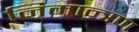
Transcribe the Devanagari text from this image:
निमान्त्रण